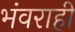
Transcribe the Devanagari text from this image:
भंवराही